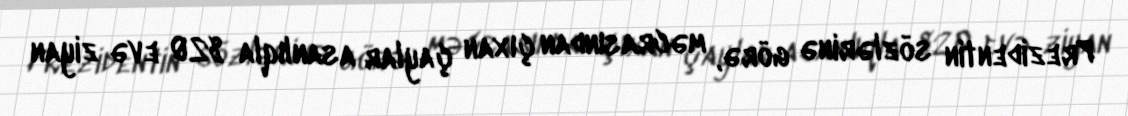
Prezidentin sözlərinə görə, məcrasından çıxan çaylar asanlıqla 820 evə ziyan